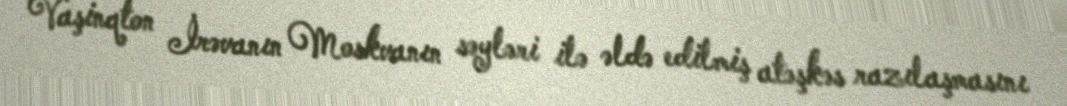
Vaşinqton İrəvanın Moskvanın səyləri ilə əldə edilmiş atəşkəs razılaşmasını